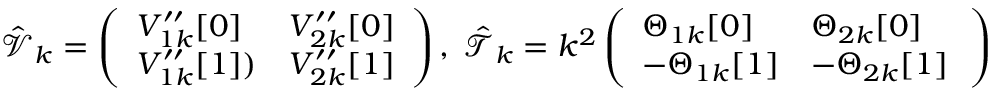
\hat { \mathcal { V } } _ { k } = \left( \begin{array} { l l } { V _ { 1 k } ^ { \prime \prime } [ 0 ] } & { V _ { 2 k } ^ { \prime \prime } [ 0 ] } \\ { V _ { 1 k } ^ { \prime \prime } [ 1 ] ) } & { V _ { 2 k } ^ { \prime \prime } [ 1 ] } \end{array} \right) , \; \hat { \mathcal { T } } _ { k } = k ^ { 2 } \left( \begin{array} { l l } { \Theta _ { 1 k } [ 0 ] } & { \Theta _ { 2 k } [ 0 ] } \\ { - \Theta _ { 1 k } [ 1 ] } & { - \Theta _ { 2 k } [ 1 ] \, } \end{array} \right)